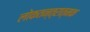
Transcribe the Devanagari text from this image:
लोकतन्त्रात्मक